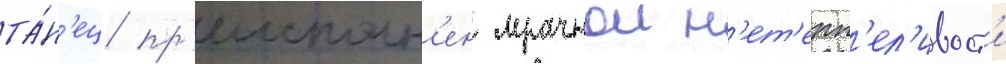
та́н'ец пр'еисполн'ен мрачнои н'ет'ерп'ел'ивост'и